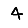
Digit: 4